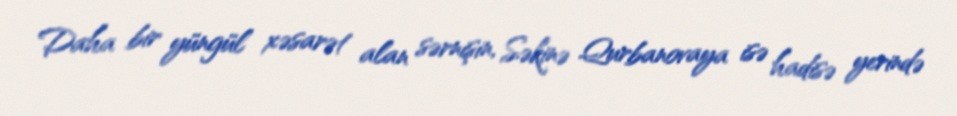
Daha bir yüngül xəsarət alan sərnişin, Səkinə Qurbanovaya isə hadisə yerində